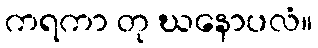
ကရကာ တု ဃနောပလံ။